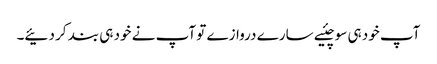
آپ خود ہی سوچئیے سارے دروازے تو آپ نے خود ہی بند کر دئیے۔